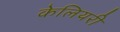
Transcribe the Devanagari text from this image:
केलियरी